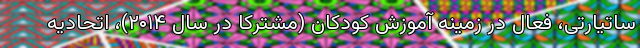
ساتیارتی، فعال در زمینه آموزش کودکان (مشترکا در سال ۲۰۱۴)، اتحادیه